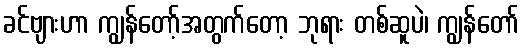
ခင်ဗျားဟာ ကျွန်တော့်အတွက်တော့ ဘုရား တစ်ဆူပဲ၊ ကျွန်တော်